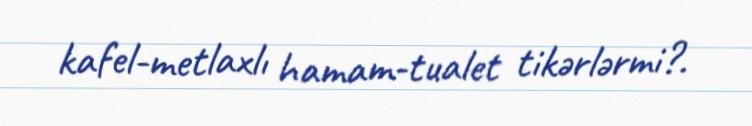
kafel-metlaxlı hamam-tualet tikərlərmi?.